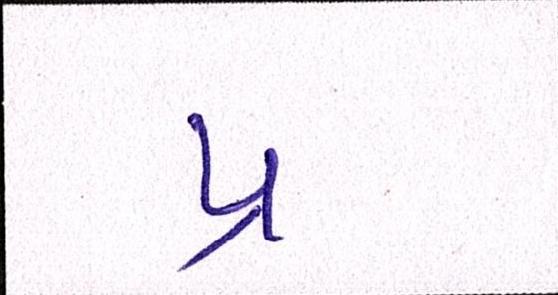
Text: પ્ર